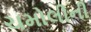
ચમોલીની